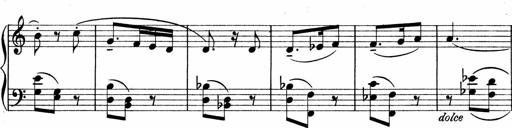
Title: Sonatina No.1
Composer: Otto Stoll
Key: C major